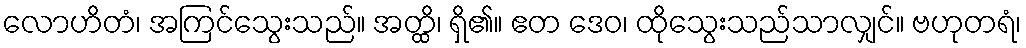
လောဟိတံ၊ အကြင်သွေးသည်။ အတ္ထိ၊ ရှိ၏။ ဧတ ဒေဝ၊ ထိုသွေးသည်သာလျှင်။ ဗဟုတရံ၊